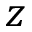
z